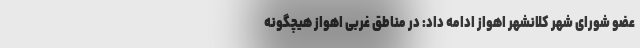
عضو شورای شهر کلانشهر اهواز ادامه داد: در مناطق غربی اهواز هیچگونه